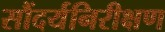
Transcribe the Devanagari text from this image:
सौंदर्यनिरीक्षण